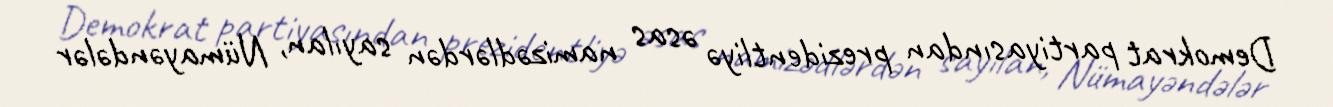
Demokrat partiyasından prezidentliyə əsas namizədlərdən sayılan, Nümayəndələr